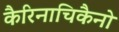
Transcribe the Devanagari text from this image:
कैरिनाचिकैनो